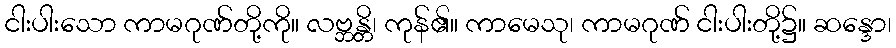
ငါးပါးသော ကာမဂုဏ်တို့ကို။ လဗ္ဘန္တိ၊ ကုန်၏။ ကာမေသု၊ ကာမဂုဏ် ငါးပါးတို့၌။ ဆန္ဒော၊